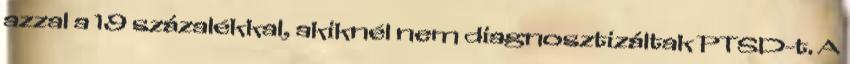
azzal a 19 százalékkal, akiknél nem diagnosztizáltak PTSD-t. A